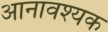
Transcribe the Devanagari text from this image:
आनावश्यक